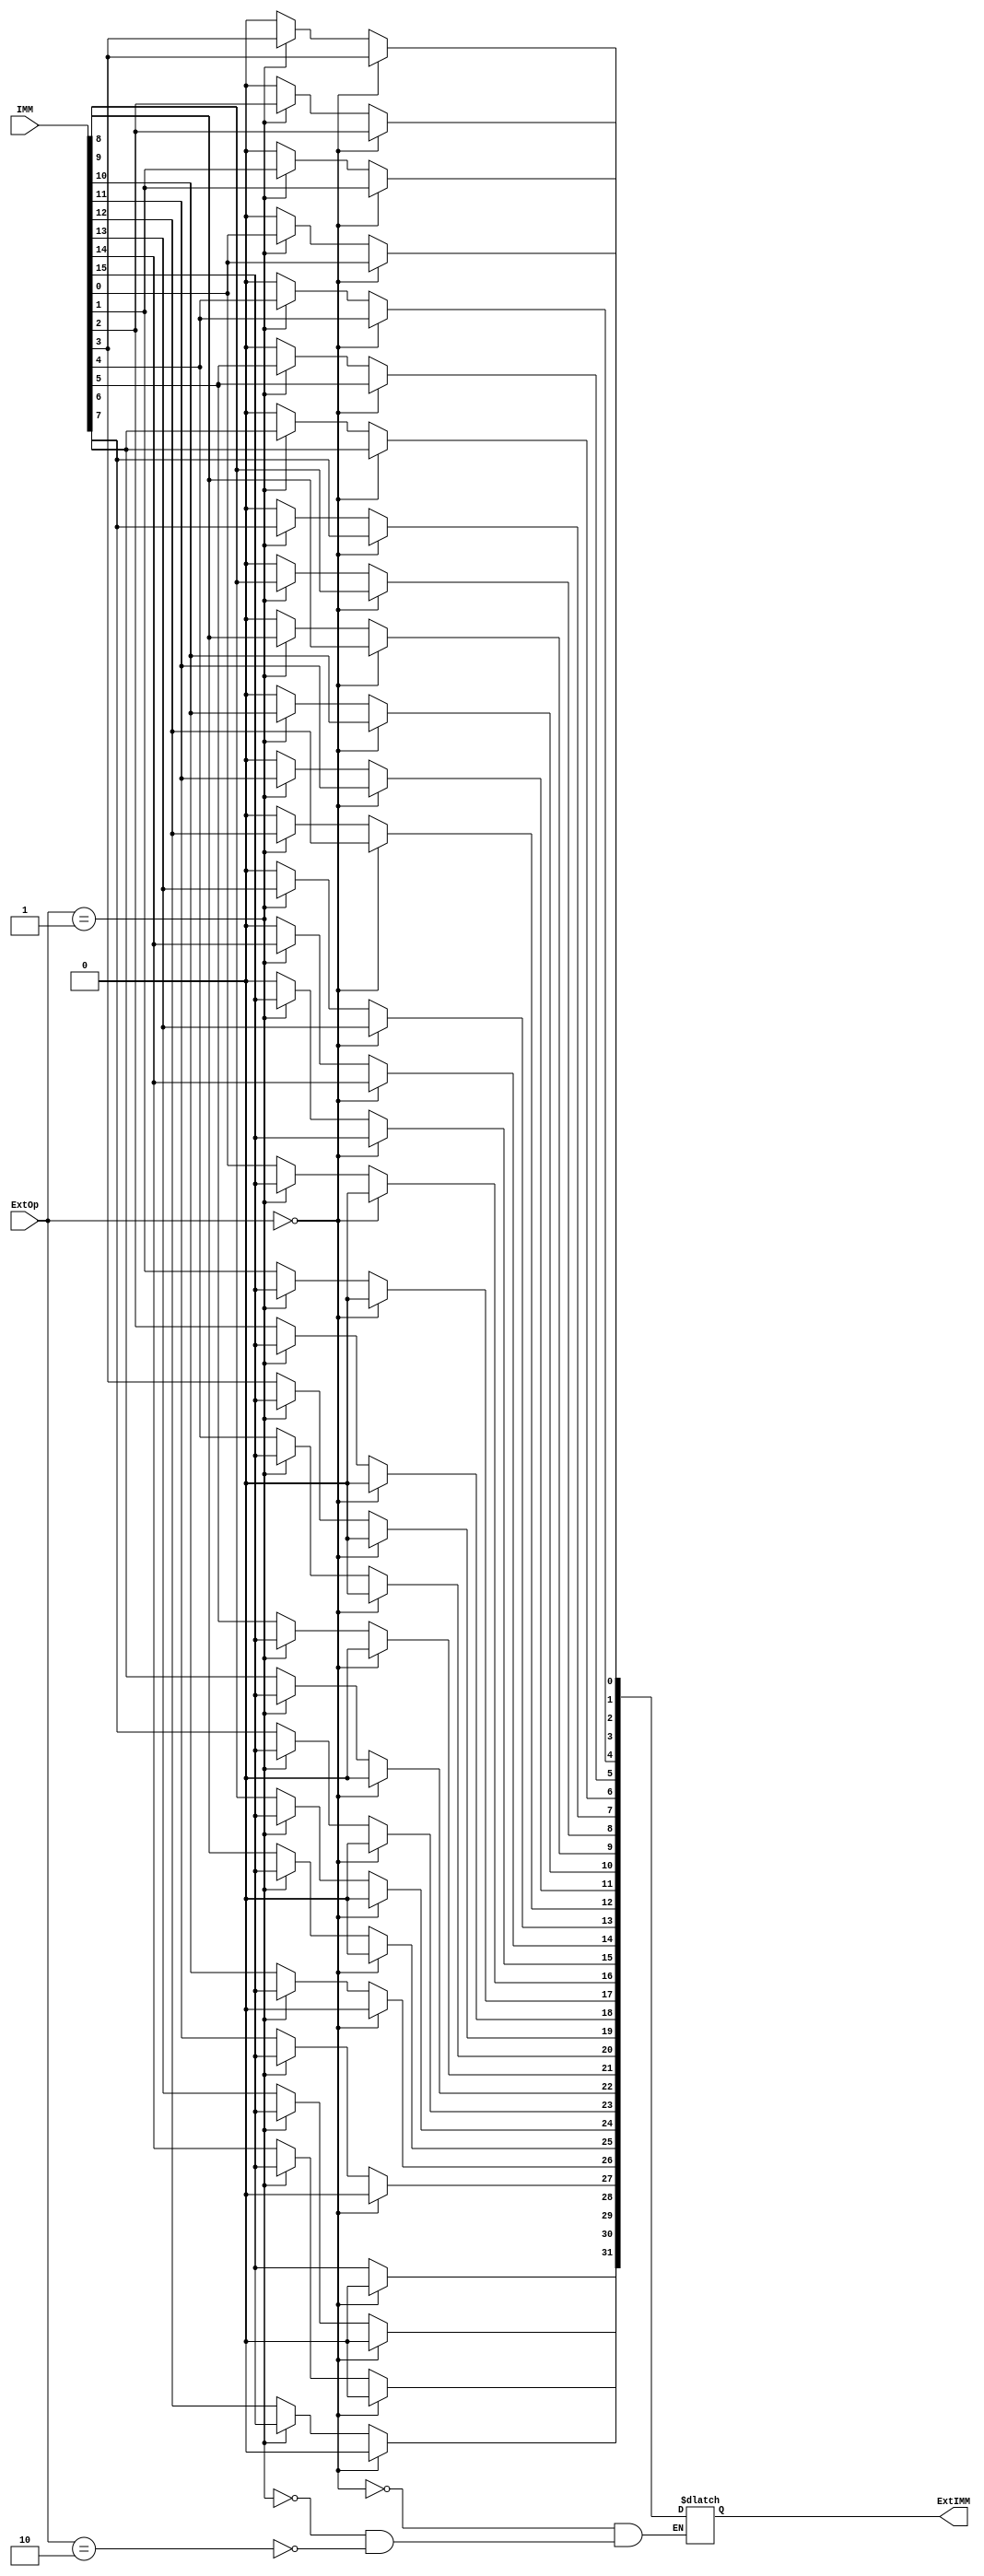
`timescale 1ns / 1ps
//////////////////////////////////////////////////////////////////////////////////
// Company: 
// Engineer: 
// 
// Design Name: 
// Module Name:    EXT 
// Project Name: 
// Target Devices: 
// Tool versions: 
// Description: 
//
// Dependencies: 
//
// Revision: 
// Revision 0.01 - File Created
// Additional Comments: 
//
//////////////////////////////////////////////////////////////////////////////////
module EXT(IMM,ExtOp,ExtIMM);
	input [15:0] IMM;
	input [1:0] ExtOp;
	output [31:0] ExtIMM;
	
	reg [31:0] ans;
	integer i;
	initial  begin
	ans=0;
	end
	assign ExtIMM=ans;
	always@(*) begin
		if(ExtOp==0) begin
			for(i=31;i>=0;i=i-1) begin
				if(i>=16) begin
					ans[i]<=0;
				end
				else ans[i]<=IMM[i];
			end
		end
		else if(ExtOp==1) begin
			for(i=31;i>=0;i=i-1) begin
				if(i>=16) begin
					ans[i]<=IMM[15];
				end
				else ans[i]<=IMM[i];
			end
		end
		else if(ExtOp==2) begin
			for(i=31;i>=0;i=i-1) begin
				if(i>=16) begin
					ans[i]<=IMM[i-16];
				end
				else ans[i]<=0;
			end
		end
	end


endmodule